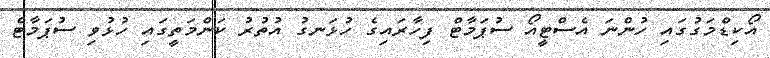
އޯކިޑްމަގުގައި ހުންނަ އެސްޓީއޯ ސުޕަމާޓް ފިހާރައިގެ ހުޅަނގު އުތުރު ކަންމަތީގައި ހުޅުވި ސުޕަމާޓް